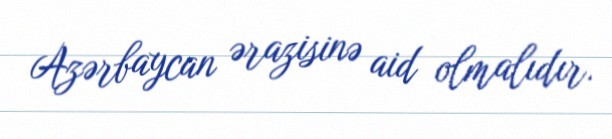
Azərbaycan ərazisinə aid olmalıdır.